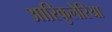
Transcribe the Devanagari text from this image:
आरिकुलेरिया